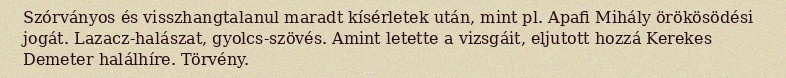
Szórványos és visszhangtalanul maradt kísérletek után, mint pl. Apafi Mihály örökösödési jogát. Lazacz-halászat, gyolcs-szövés. Amint letette a vizsgáit, eljutott hozzá Kerekes Demeter halálhíre. Törvény.